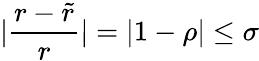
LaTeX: |\frac{r-\widetilde{r}}{r}|=|1-\rho|\leq\sigma